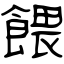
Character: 餵